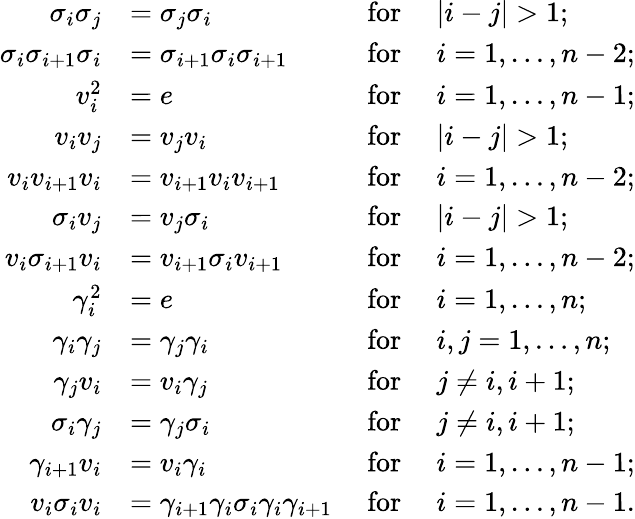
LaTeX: \begin{array}{rlrl}{\sigma_{i}\sigma_{j}}&{=\sigma_{j}\sigma_{i}}&{\mathrm{~for~}}&{|i-j|>1;}\\ {\sigma_{i}\sigma_{i+1}\sigma_{i}}&{=\sigma_{i+1}\sigma_{i}\sigma_{i+1}}&{\mathrm{~for~}}&{i=1,\ldots,n-2;}\\ {v_{i}^{2}}&{=e}&{\mathrm{~for~}}&{i=1,\ldots,n-1;}\\ {v_{i}v_{j}}&{=v_{j}v_{i}}&{\mathrm{~for~}}&{|i-j|>1;}\\ {v_{i}v_{i+1}v_{i}}&{=v_{i+1}v_{i}v_{i+1}}&{\mathrm{~for~}}&{i=1,\ldots,n-2;}\\ {\sigma_{i}v_{j}}&{=v_{j}\sigma_{i}}&{\mathrm{~for~}}&{|i-j|>1;}\\ {v_{i}\sigma_{i+1}v_{i}}&{=v_{i+1}\sigma_{i}v_{i+1}}&{\mathrm{~for~}}&{i=1,\ldots,n-2;}\\ {\gamma_{i}^{2}}&{=e}&{\mathrm{~for~}}&{i=1,\ldots,n;}\\ {\gamma_{i}\gamma_{j}}&{=\gamma_{j}\gamma_{i}}&{\mathrm{~for~}}&{i,j=1,\ldots,n;}\\ {\gamma_{j}v_{i}}&{=v_{i}\gamma_{j}}&{\mathrm{~for~}}&{j\neq i,i+1;}\\ {\sigma_{i}\gamma_{j}}&{=\gamma_{j}\sigma_{i}}&{\mathrm{~for~}}&{j\neq i,i+1;}\\ {\gamma_{i+1}v_{i}}&{=v_{i}\gamma_{i}}&{\mathrm{~for~}}&{i=1,\ldots,n-1;}\\ {v_{i}\sigma_{i}v_{i}}&{=\gamma_{i+1}\gamma_{i}\sigma_{i}\gamma_{i}\gamma_{i+1}}&{\mathrm{~for~}}&{i=1,\ldots,n-1.}\end{array}